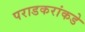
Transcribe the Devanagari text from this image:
पराडकरांकडे